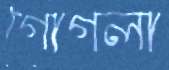
গোগলা